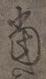
当